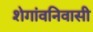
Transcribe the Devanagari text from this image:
शेगांवनिवासी